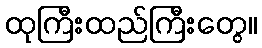
ထုကြီးထည်ကြီးတွေ။